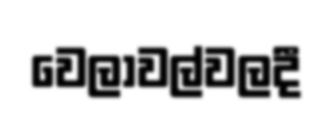
වෙලාවල්වලදී